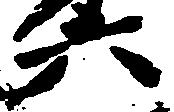
六